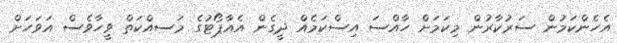
އެހެންކަމުން ސަރުކާރުން މިކަމަށް ހާއްސަ އިސްކަމެއް ދީގެން އެއާޕޯޓުގެ މަސއްކަތް ވީހާވެސް އަވަހަށް